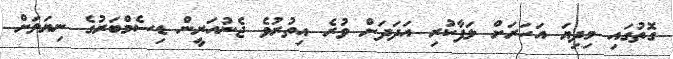
ގޮތުގައި މިދިޔަ އަހަރަށް ލަފާކުރި އަދަދަށް ވުރެ އިތުރުވެ ޖެނުއަރީން ޑިސެމްބަރުގެ ނިޔަލަށް